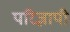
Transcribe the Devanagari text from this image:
परिज्ञापी